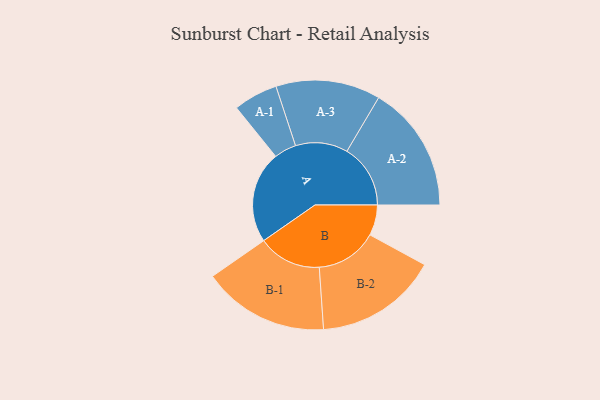
{"axis": {"x": "Segment", "y": "Value"}, "legend": ["", "A", "B"], "data": [{"x": "A", "y": 418, "type": ""}, {"x": "B", "y": 139, "type": ""}, {"x": "A-1", "y": 101, "type": "A"}, {"x": "A-2", "y": 289, "type": "A"}, {"x": "A-3", "y": 238, "type": "A"}, {"x": "B-1", "y": 288, "type": "B"}, {"x": "B-2", "y": 280, "type": "B"}]}